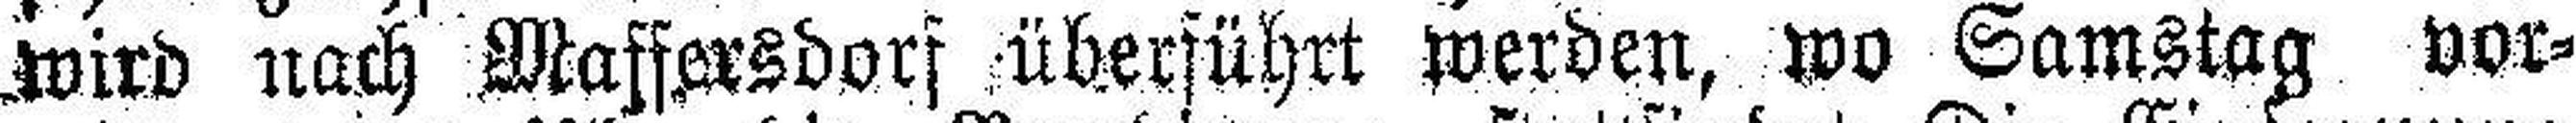
wird nach Maffersdorf überführt werden, wo Samstag vor¬